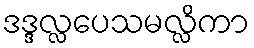
ဒဒ္ဒလ္လပေသမလ္လိကာ